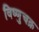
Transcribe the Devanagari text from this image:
विष्णुचक्र